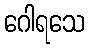
ဂေါရသေ